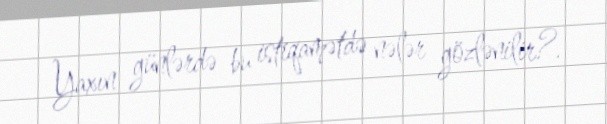
Yaxın günlərdə bu istiqamətdə nələr gözlənilir?.